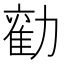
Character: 𭅃